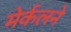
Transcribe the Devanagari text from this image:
मेर्कलने